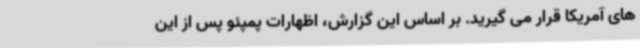
های آمریکا قرار می گیرید. بر اساس این گزارش، اظهارات پمپئو پس از این